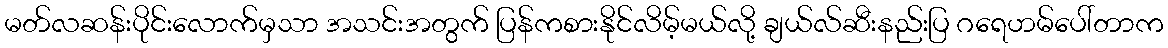
မတ်လဆန်းပိုင်းလောက်မှသာ အသင်းအတွက် ပြန်ကစားနိုင်လိမ့်မယ်လို့ ချယ်လ်ဆီးနည်းပြ ဂရေဟမ်ပေါ်တာက